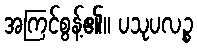
အကြင်စွန့်၏။ ပသုပလဉ္စ